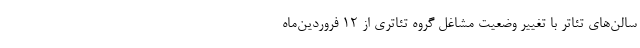
سالن‌های تئاتر با تغییر وضعیت مشاغل گروه تئاتری از ۱۲ فروردین‌ماه